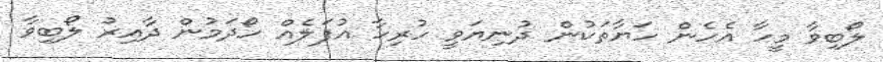
ލޯބިވާ މީހާ އެހެން ހަޔާތަކުން ދުނިޔަވީ ހުރިހާ އުފަލެއް ހޯދަމުން ދާއިރު ލޯބިވާ